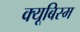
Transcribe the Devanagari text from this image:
क्यूबिस्म